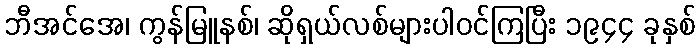
ဘီအင်အေ၊ ကွန်မြူနစ်၊ ဆိုရှယ်လစ်များပါဝင်ကြပြီး ၁၉၄၄ ခုနှစ်